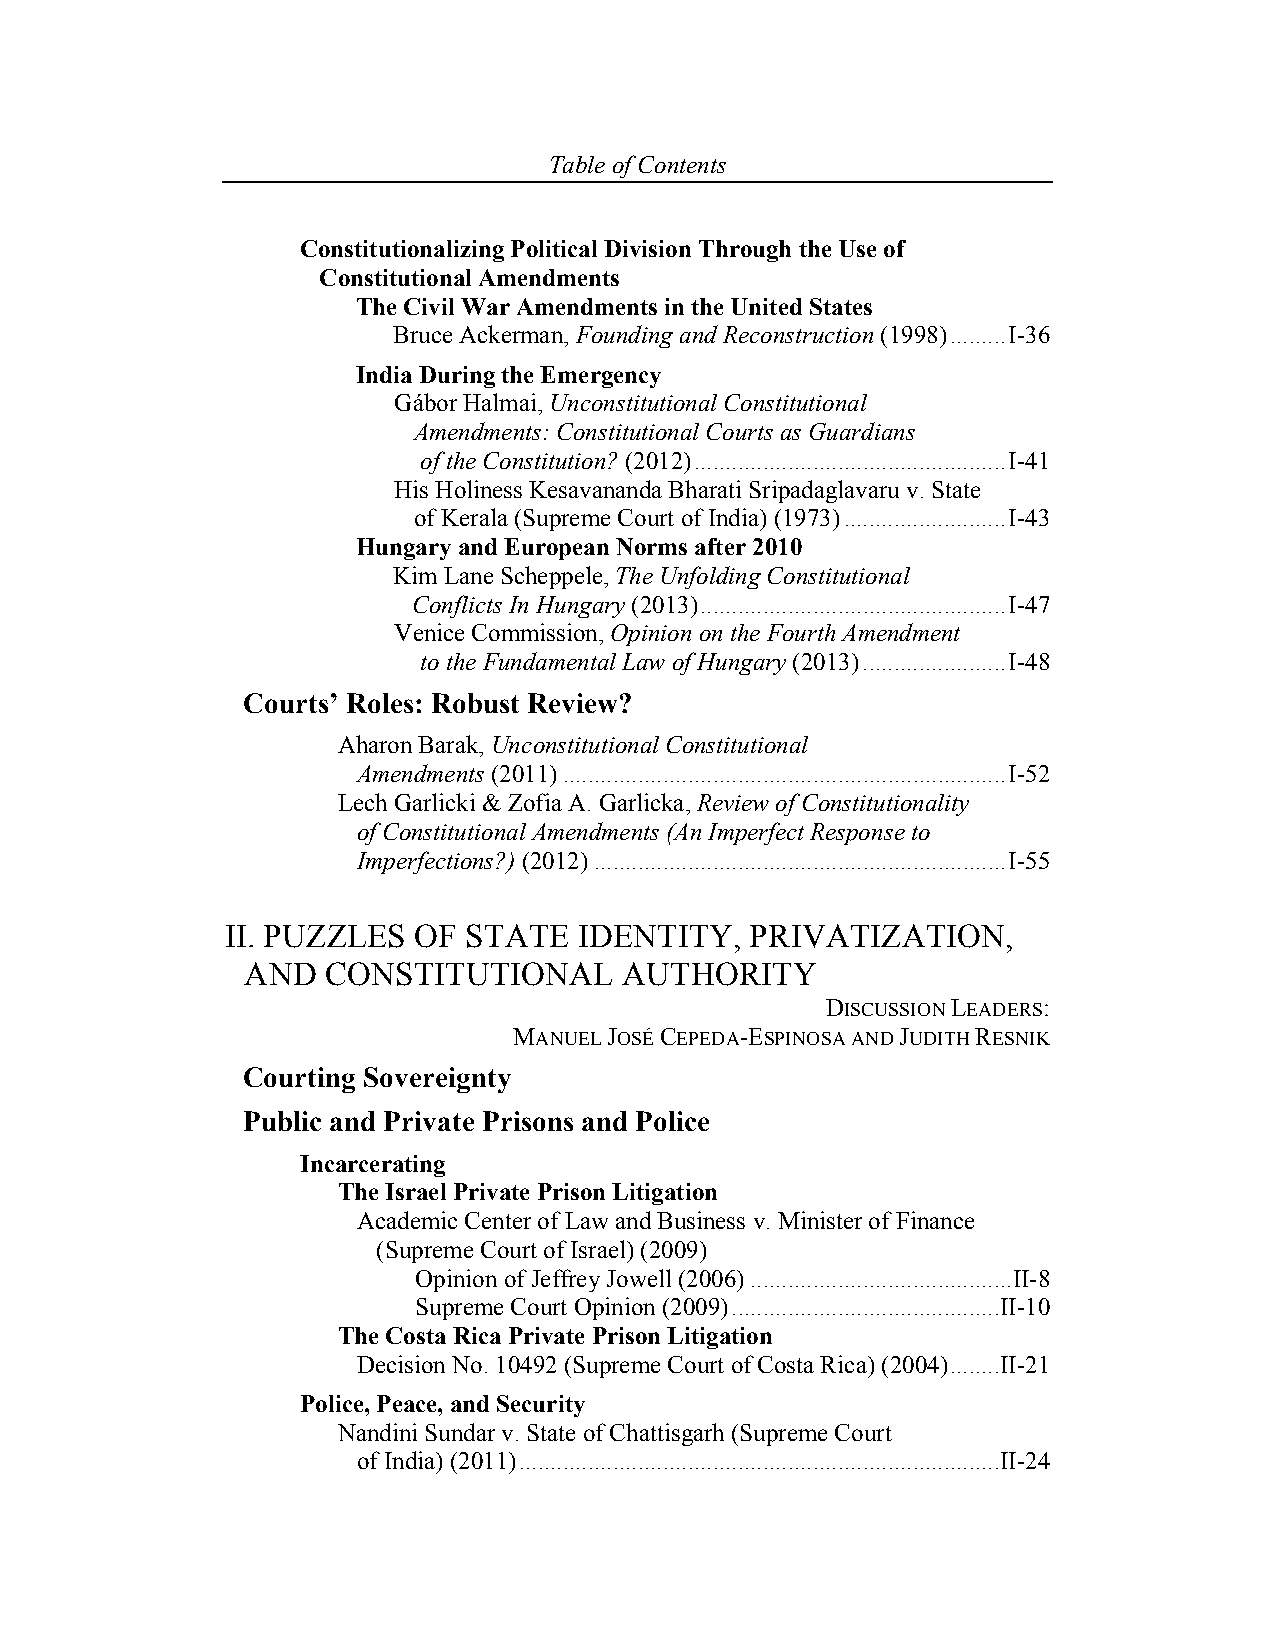
Table of Contents
 Constitutionalizing Political Division Through the Use of
 Constitutional Amendments
 The Civil War Amendments in the United States
 Bruce Ackerman, Founding and Reconstruction (1998) ......... I-36
 India During the Emergency
 Gábor Halmai, Unconstitutional Constitutional
 Amendments: Constitutional Courts as Guardians
 of the Constitution? (2012) .................................................. I-41
 His Holiness Kesavananda Bharati Sripadaglavaru v. State
 of Kerala (Supreme Court of India) (1973) .......................... I-43
 Hungary and European Norms after 2010
 Kim Lane Scheppele, The Unfolding Constitutional
 Conflicts In Hungary (2013) ................................................. I-47
 Venice Commission, Opinion on the Fourth Amendment
 to the Fundamental Law of Hungary (2013) ....................... I-48
 Courts’ Roles: Robust Review?
 Aharon Barak, Unconstitutional Constitutional
 Amendments (2011) ....................................................................... I-52
 Lech Garlicki & Zofia A. Garlicka, Review of Constitutionality
 of Constitutional Amendments (An Imperfect Response to
 Imperfections?) (2012) .................................................................. I-55
 II. PUZZLES OF  STATE  IDENTITY,   PRIVATIZATION,
 AND   CONSTITUTIONAL     AUTHORITY
 DISCUSSION LEADERS:
 MANUEL JOSÉ CEPEDA-ESPINOSA AND JUDITH RESNIK
 Courting Sovereignty
 Public and Private Prisons and Police
 Incarcerating
 The Israel Private Prison Litigation
 Academic Center of Law and Business v. Minister of Finance
 (Supreme Court of Israel) (2009)
 Opinion of Jeffrey Jowell (2006) .......................................... II-8
 Supreme Court Opinion (2009) ........................................... II-10
 The Costa Rica Private Prison Litigation
 Decision No. 10492 (Supreme Court of Costa Rica) (2004) ........ II-21
 Police, Peace, and Security
 Nandini Sundar v. State of Chattisgarh (Supreme Court
 of India) (2011) ............................................................................. II-24